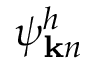
\psi _ { { \bf k } n } ^ { h }